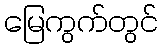
မြေကွက်တွင်